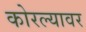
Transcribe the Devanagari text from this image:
कोरल्यावर